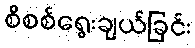
စိစစ်ရွေးချယ်ခြင်း